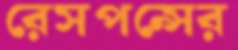
রেসপন্সের